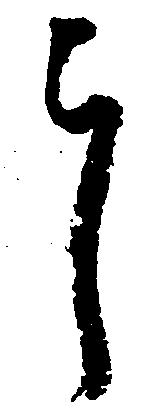
郎